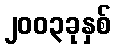
၂၀၀၃ခုနှစ်